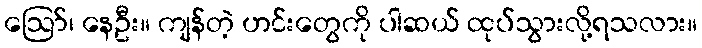
ဪ၊ နေဦး။ ကျန်တဲ့ ဟင်းတွေကို ပါဆယ် ထုပ်သွားလို့ရသလား။